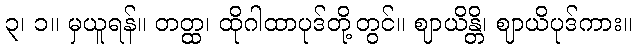
၃၊ ၁။ မှယူရန်။ တတ္ထ၊ ထိုဂါထာပုဒ်တို့တွင်။ ဈာယိန္တိ၊ ဈာယိပုဒ်ကား။